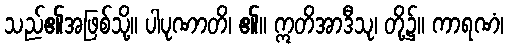
သည်၏အဖြစ်သို့။ ပါပုဏာတိ၊ ၏။ ဣတိအာဒီသု၊ တို့၌။ ကာရဏံ၊